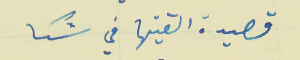
قصيدة القيتها في شكا